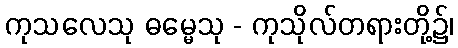
ကုသလေသု ဓမ္မေသု - ကုသိုလ်တရားတို့၌၊